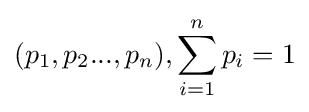
(p_{1},p_{2}...,p_{n}),\sum _{i=1}^{n}p_{i}=1